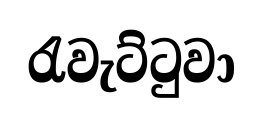
රැවැට්ටුවා